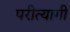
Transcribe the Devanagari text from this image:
परीत्यागी